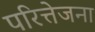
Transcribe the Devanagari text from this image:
परित्तेजना